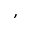
,